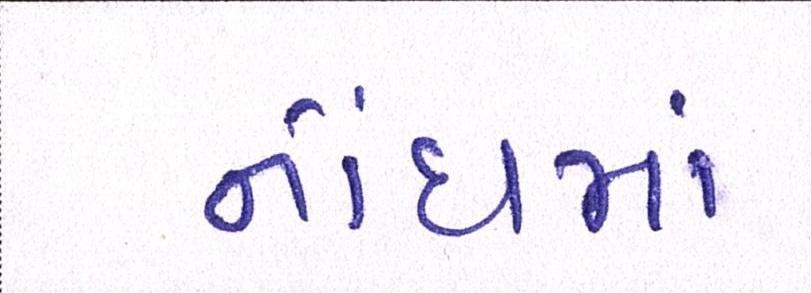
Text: નોંધમાં